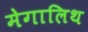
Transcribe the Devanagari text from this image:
मेगालिथ